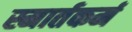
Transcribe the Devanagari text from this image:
स्मार्तकर्म